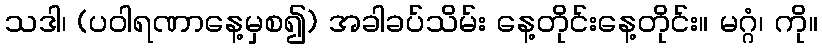
သဒါ၊ (ပဝါရဏာနေ့မှစ၍) အခါခပ်သိမ်း နေ့တိုင်းနေ့တိုင်း။ မဂ္ဂံ၊ ကို။